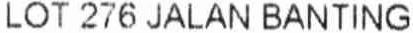
LOT 276 JALAN BANTING